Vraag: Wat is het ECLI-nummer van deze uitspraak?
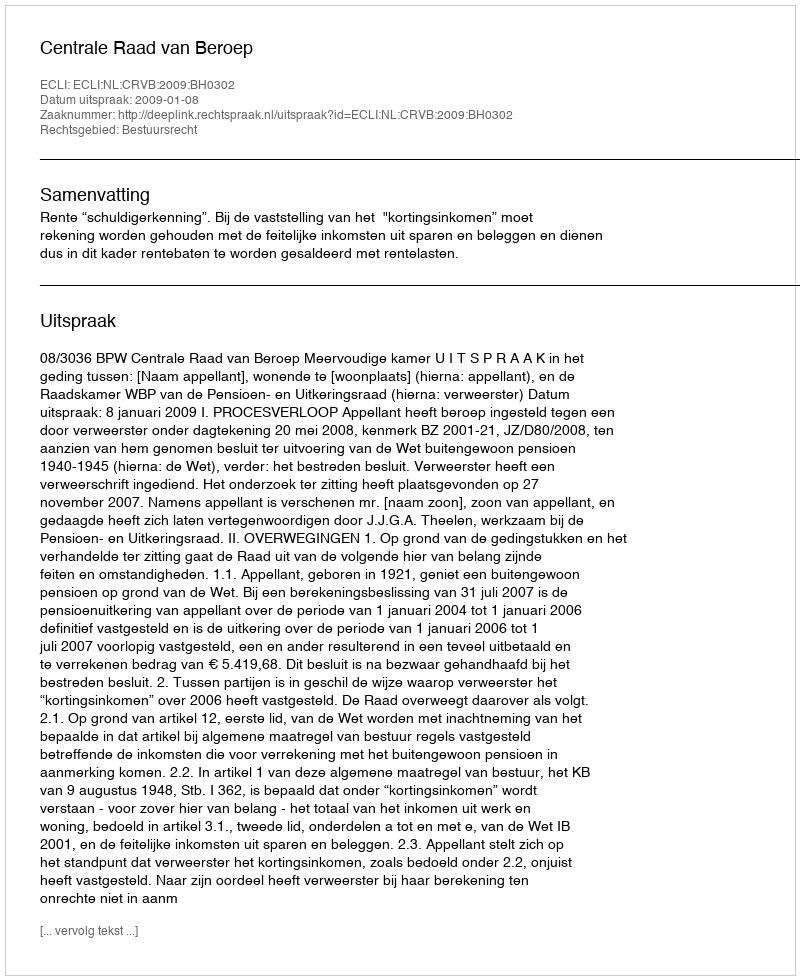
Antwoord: ECLI:NL:CRVB:2009:BH0302